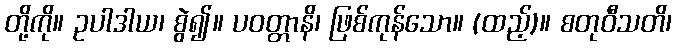
တို့ကို။ ဥပါဒါယ၊ စွဲ၍။ ပဝတ္တာနိ၊ ဖြစ်ကုန်သော။ (ထည့်)။ စတုဝီသတိ၊